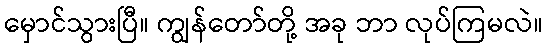
မှောင်သွားပြီ။ ကျွန်တော်တို့ အခု ဘာ လုပ်ကြမလဲ။